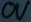
Text: 0V